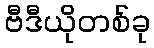
ဗီဒီယိုတစ်ခု